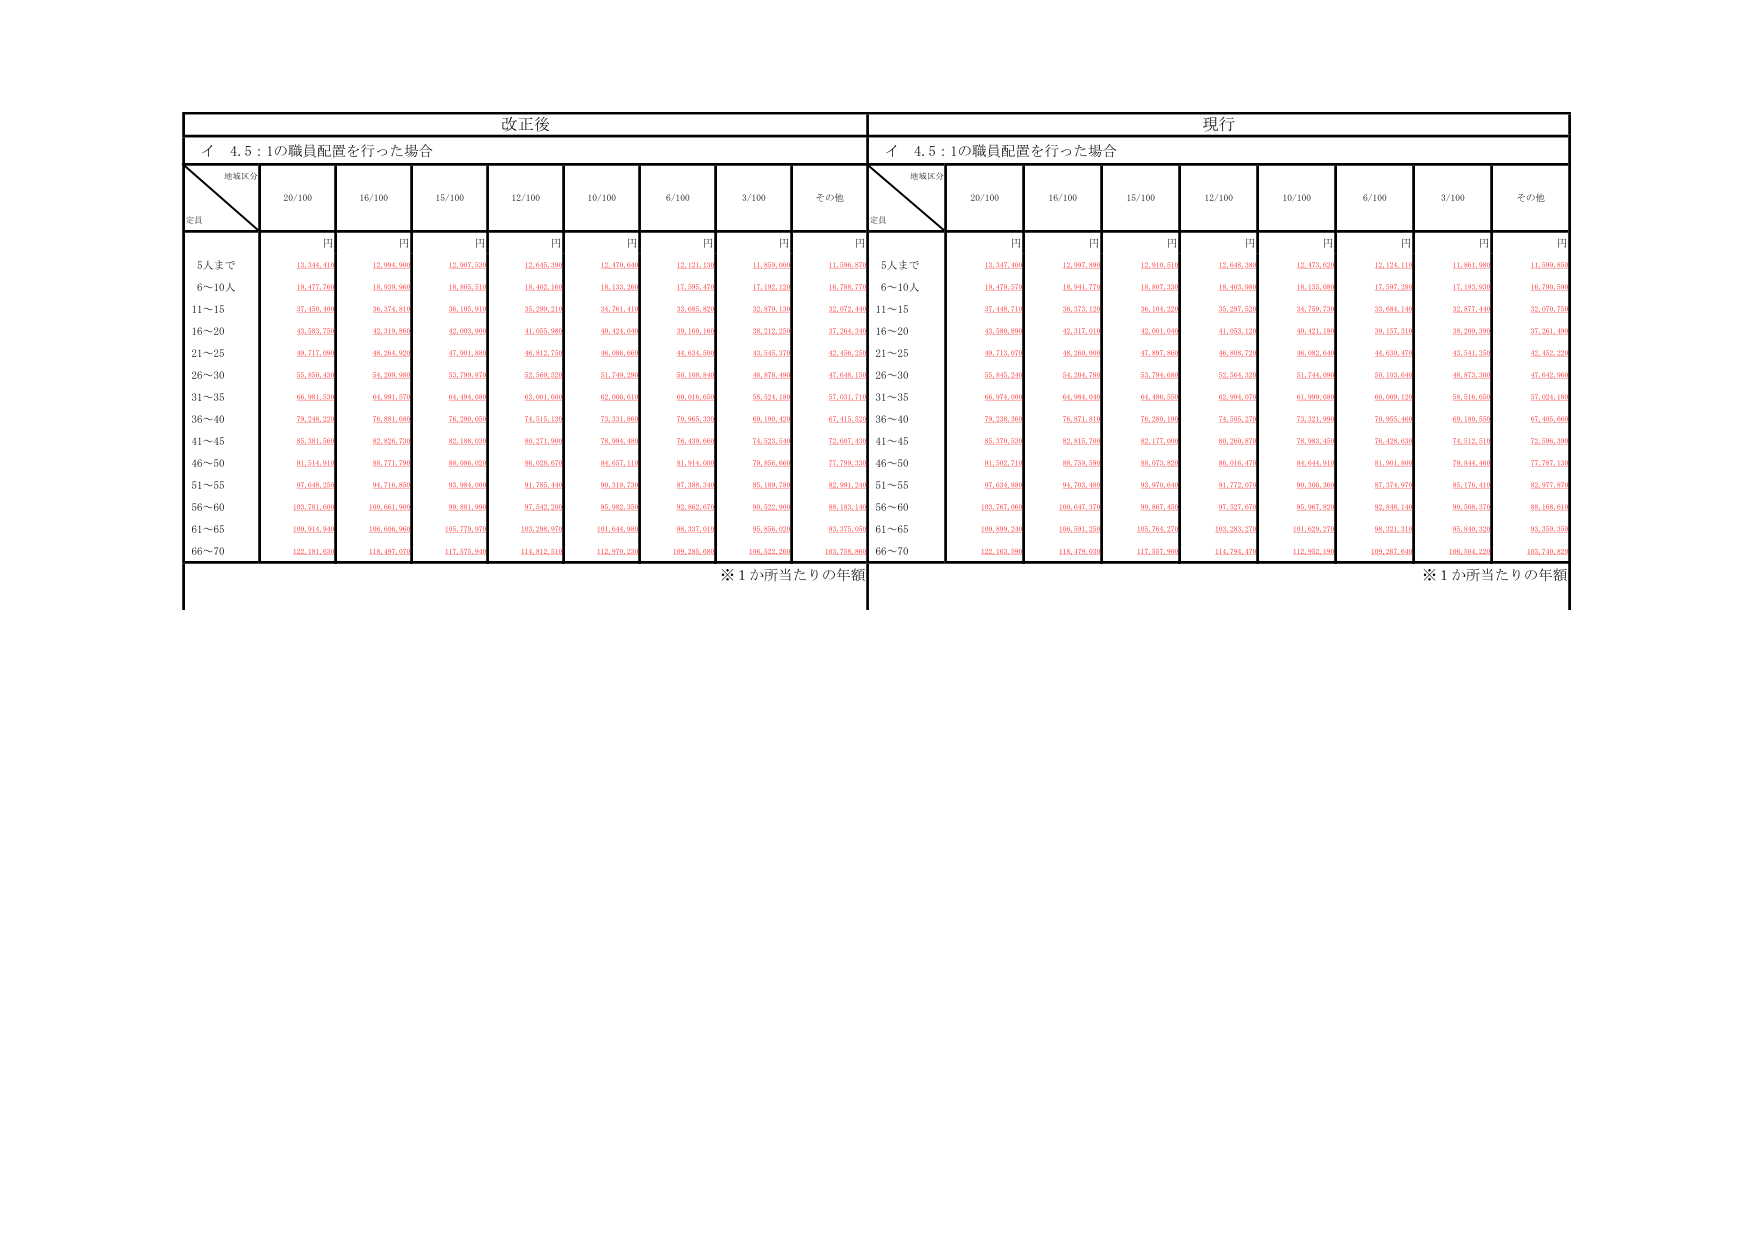
改正後
現行
イ 4.5：1の職員配置を行った場合
イ 4.5：1の職員配置を行った場合
地域区分
定員
20/100
16/100
15/100
12/100
10/100
6/100
3/100
その他
地域区分
定員
20/100
16/100
15/100
12/100
10/100
6/100
3/100
その他
円
円
円
円
円
円
円
円
円
円
円
円
円
円
円
円
円
円
5人まで
13,344,410
12,994,990
12,967,530
12,645,390
12,470,640
12,121,120
11,859,060
11,596,870
5人まで
13,347,460
12,997,890
12,910,510
12,648,380
12,473,620
12,124,110
11,961,990
11,599,830
6～10人
19,471,760
18,939,390
18,805,510
18,402,100
18,133,260
17,595,470
17,192,120
16,789,770
6～10人
19,479,570
18,941,770
18,807,330
18,403,860
18,135,080
17,597,260
17,193,910
16,790,590
11～15
37,450,400
36,374,810
36,105,910
35,299,210
34,761,410
33,685,820
32,879,130
32,072,440
11～15
37,448,710
36,373,120
36,104,220
35,297,520
34,759,730
33,684,140
32,877,440
32,070,750
16～20
43,583,750
42,319,860
42,063,990
41,055,980
40,423,640
39,160,160
38,212,250
37,264,340
16～20
43,589,890
42,317,010
42,061,040
41,053,120
40,421,180
39,157,310
38,209,390
37,261,490
21～25
49,717,060
48,264,920
47,901,880
46,812,750
46,089,660
44,634,500
43,545,370
42,456,250
21～25
49,713,070
48,260,900
47,897,860
46,808,720
46,085,640
44,630,470
43,541,350
42,452,220
26～30
55,850,430
54,209,980
53,799,870
52,560,520
51,749,290
50,108,840
48,878,490
47,649,150
26～30
55,845,240
54,204,780
53,794,680
52,564,320
51,744,090
50,103,640
48,873,300
47,642,960
31～35
68,981,530
64,991,570
64,494,080
63,001,600
62,006,610
60,016,650
58,524,180
57,031,710
31～35
68,974,080
64,984,040
64,486,550
62,994,070
61,999,080
60,009,120
58,516,650
57,024,180
36～40
79,248,220
76,881,680
76,299,050
74,515,130
73,331,860
70,965,330
69,190,420
67,415,520
36～40
79,238,360
76,871,810
76,289,190
74,505,270
73,321,990
70,955,460
69,180,550
67,405,660
41～45
85,381,560
82,826,730
82,188,050
80,271,900
78,994,480
76,439,660
74,523,540
72,607,430
41～45
85,379,530
82,815,700
82,177,000
80,260,870
78,983,450
76,428,630
74,512,510
72,596,390
46～50
91,514,910
88,771,780
88,086,020
86,026,670
84,657,110
81,914,000
79,856,660
77,799,330
46～50
91,502,710
88,759,590
88,073,820
86,016,410
84,644,910
81,901,800
79,844,460
77,787,130
51～55
97,648,250
94,716,850
93,984,060
91,785,440
90,319,730
87,388,340
85,189,740
82,991,240
51～55
97,634,880
94,703,480
93,970,640
91,772,070
90,306,360
87,374,970
85,176,410
82,977,870
56～60
103,781,600
100,661,900
99,881,990
97,542,200
95,982,350
92,862,670
90,522,900
88,183,140
56～60
103,767,060
100,647,370
99,867,450
97,527,670
95,967,820
92,848,140
90,508,370
88,168,610
61～65
109,914,940
106,606,960
105,779,970
103,288,970
101,644,980
98,337,010
95,856,020
93,375,050
61～65
109,899,240
106,591,250
105,764,270
103,283,270
101,629,270
98,321,310
95,840,330
93,359,350
66～70
122,181,650
118,497,970
117,575,540
114,812,510
112,979,230
109,285,680
106,522,760
103,759,860
66～70
122,163,590
118,479,030
117,557,900
114,794,470
112,952,180
109,267,640
106,504,230
103,740,830
※1か所当たりの年額
※1か所当たりの年額